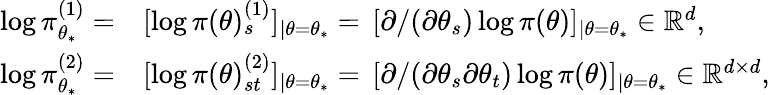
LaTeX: \begin{array}{r}{\begin{array}{rl}{\log\pi_{\theta_{*}}^{(1)}=}&{[\log\pi(\theta)_{s}^{(1)}]_{\mid\theta=\theta_{*}}=\, [\partial/(\partial\theta_{s})\log\pi(\theta)]_{\mid\theta=\theta_{*}}\in\mathbb{R}^{d},}\\ {\log\pi_{\theta_{*}}^{(2)}=}&{[\log\pi(\theta)_{st}^{(2)}]_{\mid\theta=\theta_{*}}=\, [\partial/(\partial\theta_{s}\partial\theta_{t})\log\pi(\theta)]_{\mid\theta=\theta_{*}}\in\mathbb{R}^{d\times d},}\end{array}}\end{array}